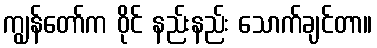
ကျွန်တော်က ဝိုင် နည်းနည်း သောက်ချင်တာ။